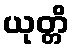
ယုတ္တိ